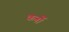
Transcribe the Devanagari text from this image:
कर्नो